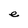
Character: e